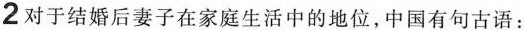
2 对于结婚后妻子在家庭生活中的地位，中国有句古语：